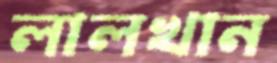
লালখান